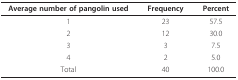
| Average number of pangolin used | Frequency | Percent |
 | --- | --- | --- |
 | 1 | 23 | 57.5 |
 | 2 | 12 | 30.0 |
 | 3 | 3 | 7.5 |
 | 4 | 2 | 5.0 |
 | Total | 40 | 100.0 |